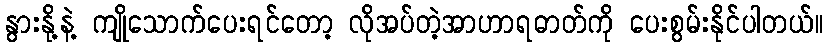
နွားနို့နဲ့ ကျိုသောက်ပေးရင်တော့ လိုအပ်တဲ့အာဟာရဓာတ်ကို ပေးစွမ်းနိုင်ပါတယ်။